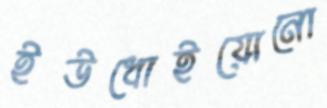
ইউধোইয়োনো